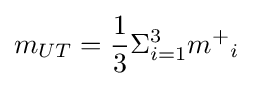
m_{UT}={\frac {1}{3}}\Sigma _{i=1}^{3}{m^{+}}_{i}